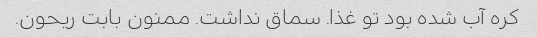
کره آب شده بود تو غذا. سماق نداشت. ممنون بابت ریحون.